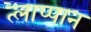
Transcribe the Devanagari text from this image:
त्लाप्पान